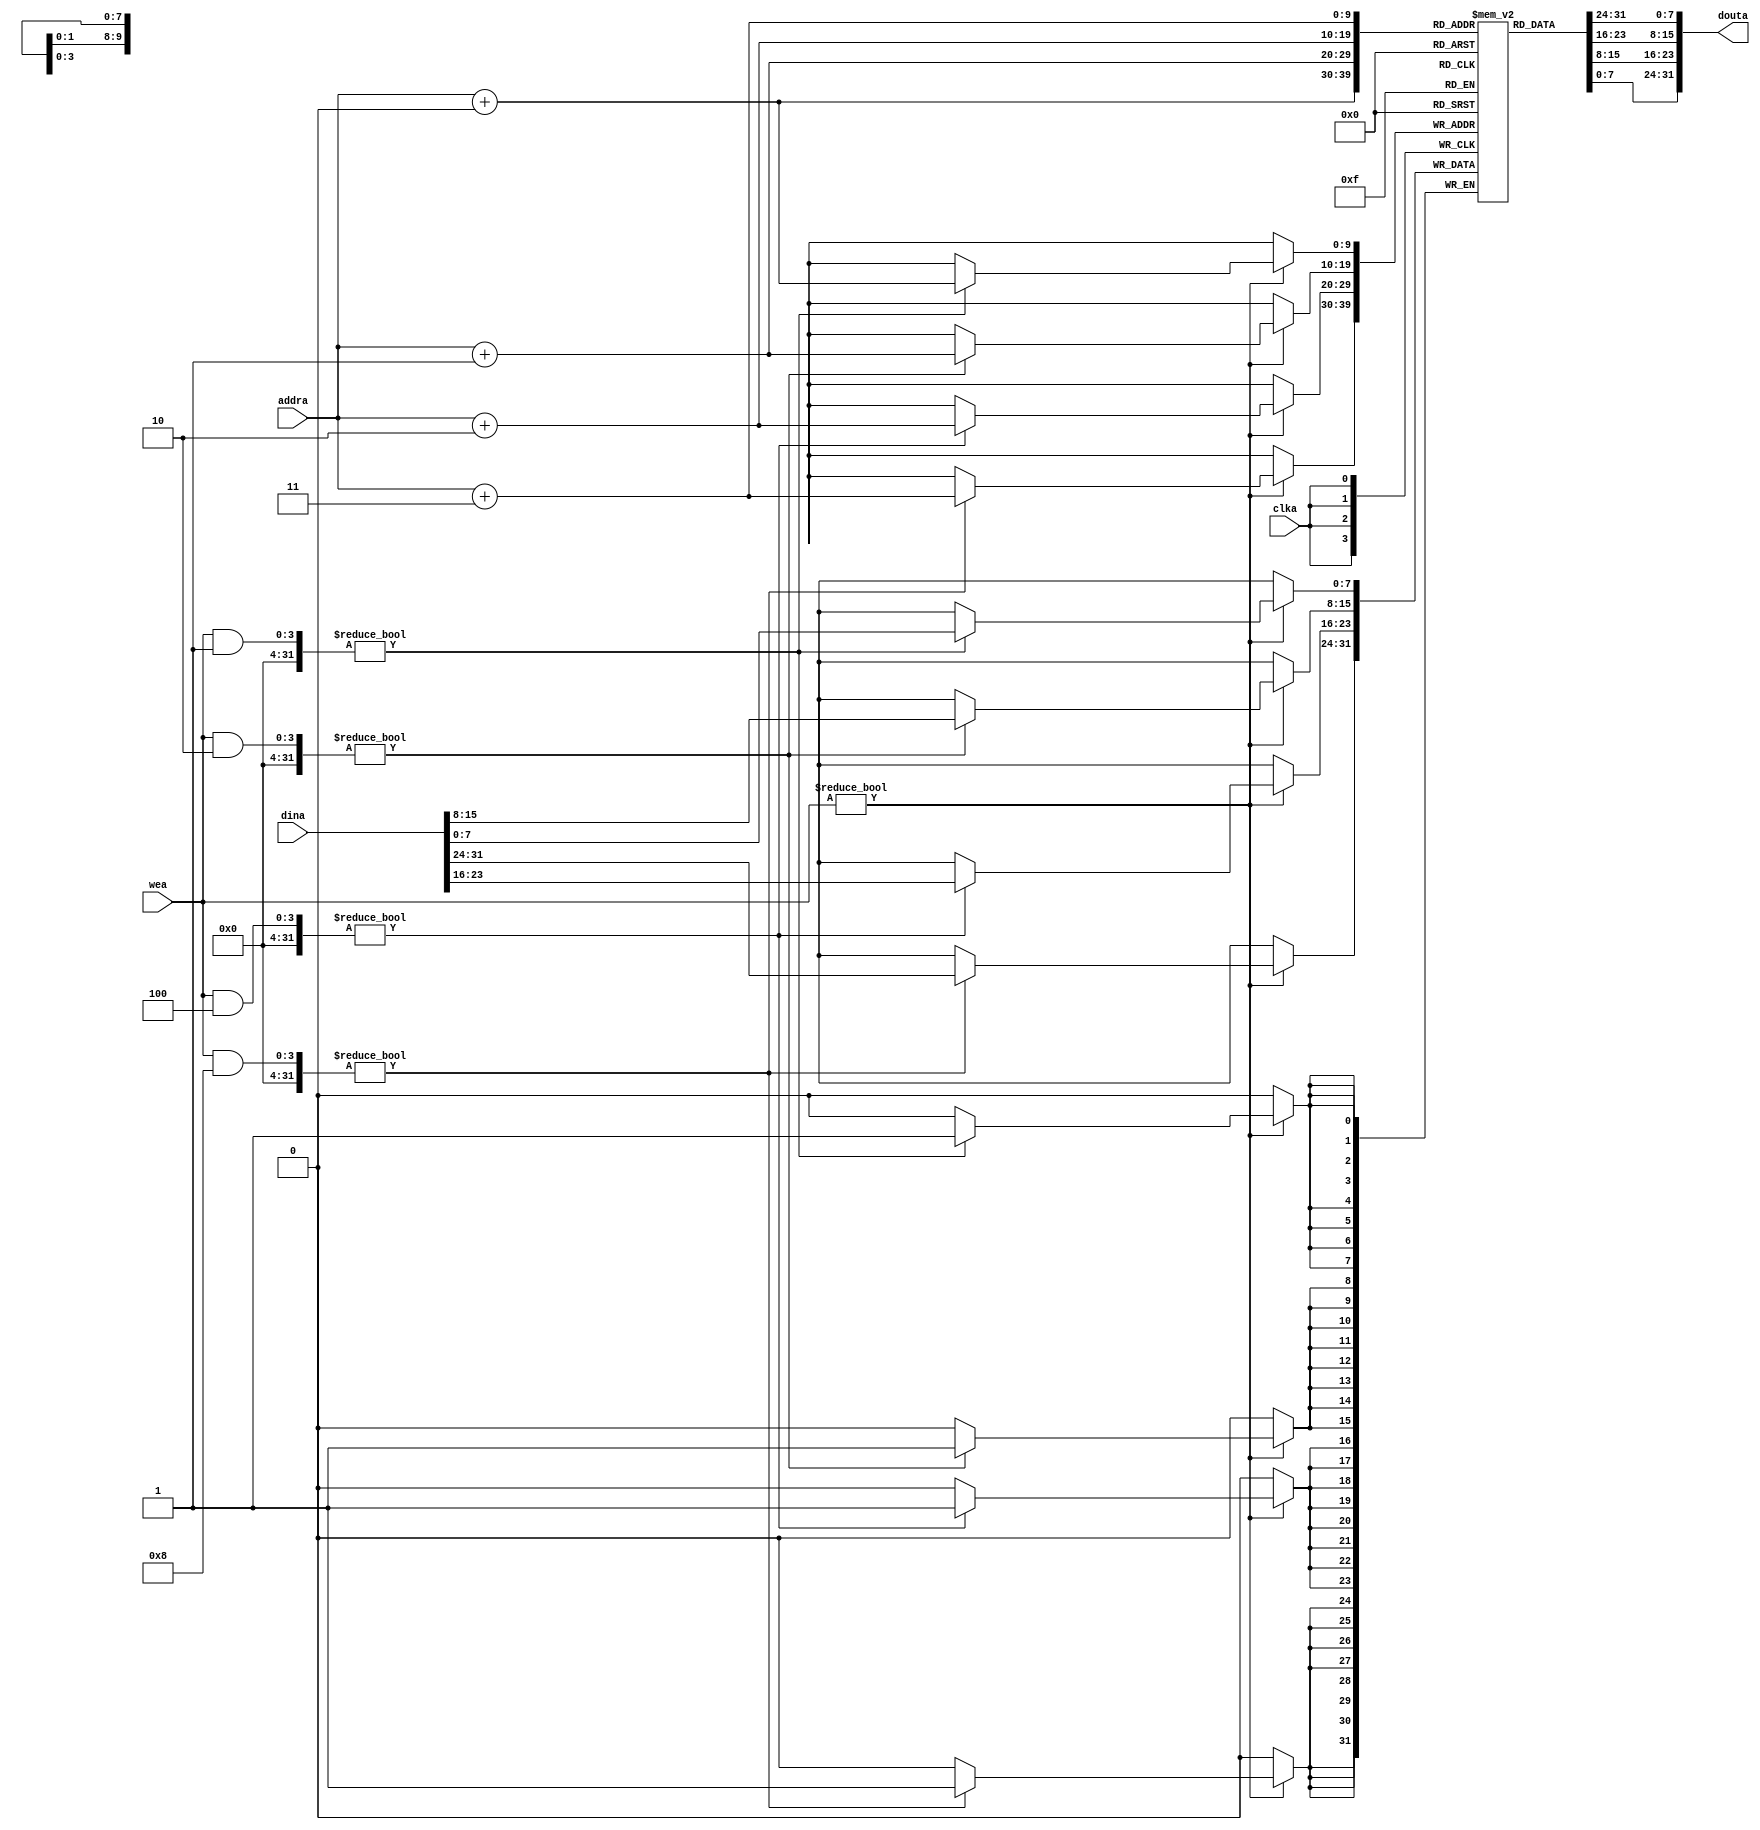
module dm(clka, wea, addra, dina, douta);
   input          clka;
   input  [3:0]   wea;
   input  [9:0]   addra;
   input  [31:0]  dina;
   output [31:0]  douta;

   reg [7:0] dmem[1023:0];
   
   wire [9:0] ar;
   assign ar = addra;

   wire debug = 1'b0;

   always @(posedge clka)
      if (wea!=0) begin
         if ((wea&(4'b0001)) != 0) begin
            dmem[ar+0] = dina[ 7: 0];
            if (debug) $display("dmem[0x%8X] = 0x%2X,", ar+0, dina[ 7: 0]);
         end
         
         if ((wea&(4'b0010)) != 0) begin
            dmem[ar+1] = dina[15: 8];
            if (debug) $display("dmem[0x%8X] = 0x%2X,", ar+1, dina[15: 8]);
         end

         if ((wea&(4'b0100)) != 0) begin
            dmem[ar+2] = dina[23:16];
            if (debug) $display("dmem[0x%8X] = 0x%2X,", ar+2, dina[23:16]);
         end

         if ((wea&(4'b1000)) != 0) begin
            dmem[ar+3] = dina[31:24];
            if (debug) $display("dmem[0x%8X] = 0x%2X,", ar+3, dina[31:24]);
         end
      end 

   reg [31:0] dout;
   always @(*) begin
      dout <= {dmem[ar+3],dmem[ar+2],dmem[ar+1],dmem[ar+0]};
   end

   assign douta = dout;
endmodule